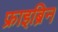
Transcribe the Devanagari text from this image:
फ्राइब्रिन